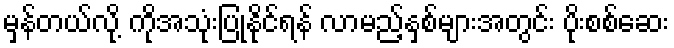
မှန်တယ်လို့ ကိုအသုံးပြုနိုင်ရန် လာမည့်နှစ်များအတွင်း ပိုးစစ်ဆေး